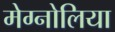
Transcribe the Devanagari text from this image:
मेग्नोलिया